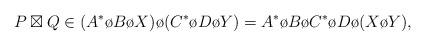
LaTeX: \begin{align*}P\boxtimes Q \in (A^{*}\o B \o X) \o (C^{*}\o D \o Y) = A^{*}\o B \o C^{*}\o D \o (X \o Y),\end{align*}